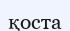
қоста